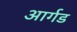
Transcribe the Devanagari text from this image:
आर्गड